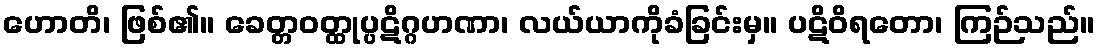
ဟောတိ၊ ဖြစ်၏။ ခေတ္တဝတ္ထုပ္ပဋိဂ္ဂဟဏာ၊ လယ်ယာကိုခံခြင်းမှ။ ပဋိဝိရတော၊ ကြဉ်သည်။